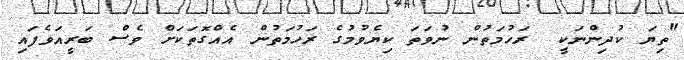
"ތިޔަ ކުދިންނަކީ  ރަހުމަތުން ނުވަތަ ކިޔެވުމުގެ ރަހުމަތުން އެއްގޮތަކަށް ވެސް ބަރީއަވެފައި